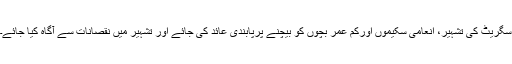
سگریٹ کی تشہیر، انعامی سکیموں اورکم عمر بچوں کو بیچنے پرپابندی عائد کی جائے اور تشہیر میں نقصانات سے آگاہ کیا جائے۔